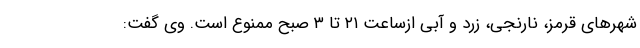
شهرهای قرمز، نارنجی، زرد و آبی ازساعت ۲۱ تا ۳ صبح ممنوع است. وی گفت: